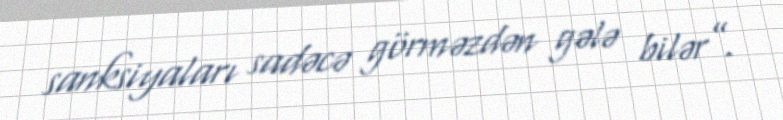
sanksiyaları sadəcə görməzdən gələ bilər”.